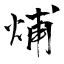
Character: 烳